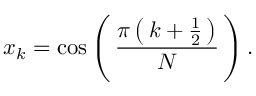
x _ { k } = \cos \left( \, { \frac { \pi \left( \, k + { \frac { 1 } { 2 } } \, \right) } { N } } \, \right) .